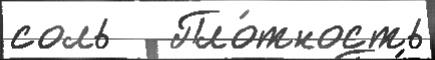
соль   Пло́тность